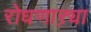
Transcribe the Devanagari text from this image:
रोधणाऱ्या